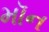
મૉન